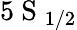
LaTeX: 5\mathrm{~S~}_{1/2}